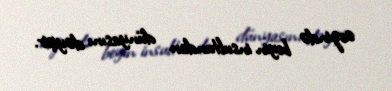
ərzində beyin insultundan dünyasını dəyişir.